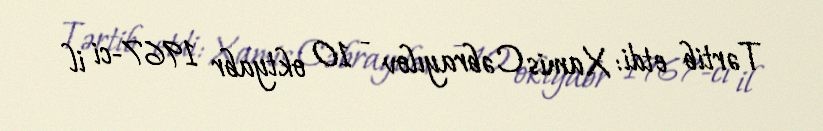
Tərtib etdi: Xamis Cəbrayılov - 10 oktyabr 1967-ci il